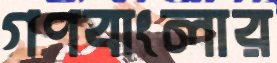
গণবাংলার